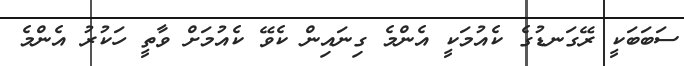
ސަބަބަކީ ރޭގަނޑުގެ ކެއުމަކީ އެންމެ ގިނައިން ކެވޭ ކެއުމަށް ވާތީ ހަކުރު އެންމެ